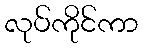
လုပ်ကိုင်ကာ